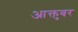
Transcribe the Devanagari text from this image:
आक्तुबर